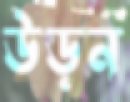
উড়ন